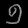
Digit: ၅